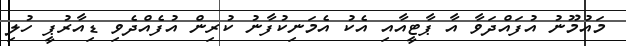
މައުމޫނު އުފައްދަވާ އާ ޕާޓީއާއި އެކު އެމަނިކުފާނު ކުރިން އުފެއްދެވި ޑިއާރުޕީ ހުލި